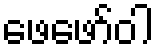
ဖေဖော်ဝါ